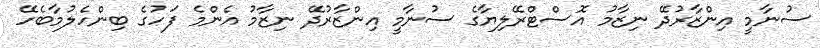
ސުނާމީ އިންޒާރުދޭ ނިޒާމު އޮސްޓްރޭލިޔާގެ ސުނާމީ އިންޒާރުދޭ ނިޒާމު އެންމެ ފަހުގެ ބިންހެލުމާބެހޭ